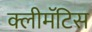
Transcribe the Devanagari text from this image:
क्लीमॅटिस